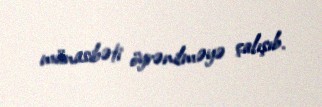
münasibəti öyrənilməyə çalışıb.